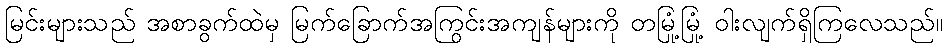
မြင်းများသည် အစာခွက်ထဲမှ မြက်ခြောက်အကြွင်းအကျန်များကို တမြုံ့မြုံ့ ဝါးလျက်ရှိကြလေသည်။